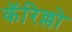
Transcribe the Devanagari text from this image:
कॅरिल्लो